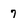
Character: 7